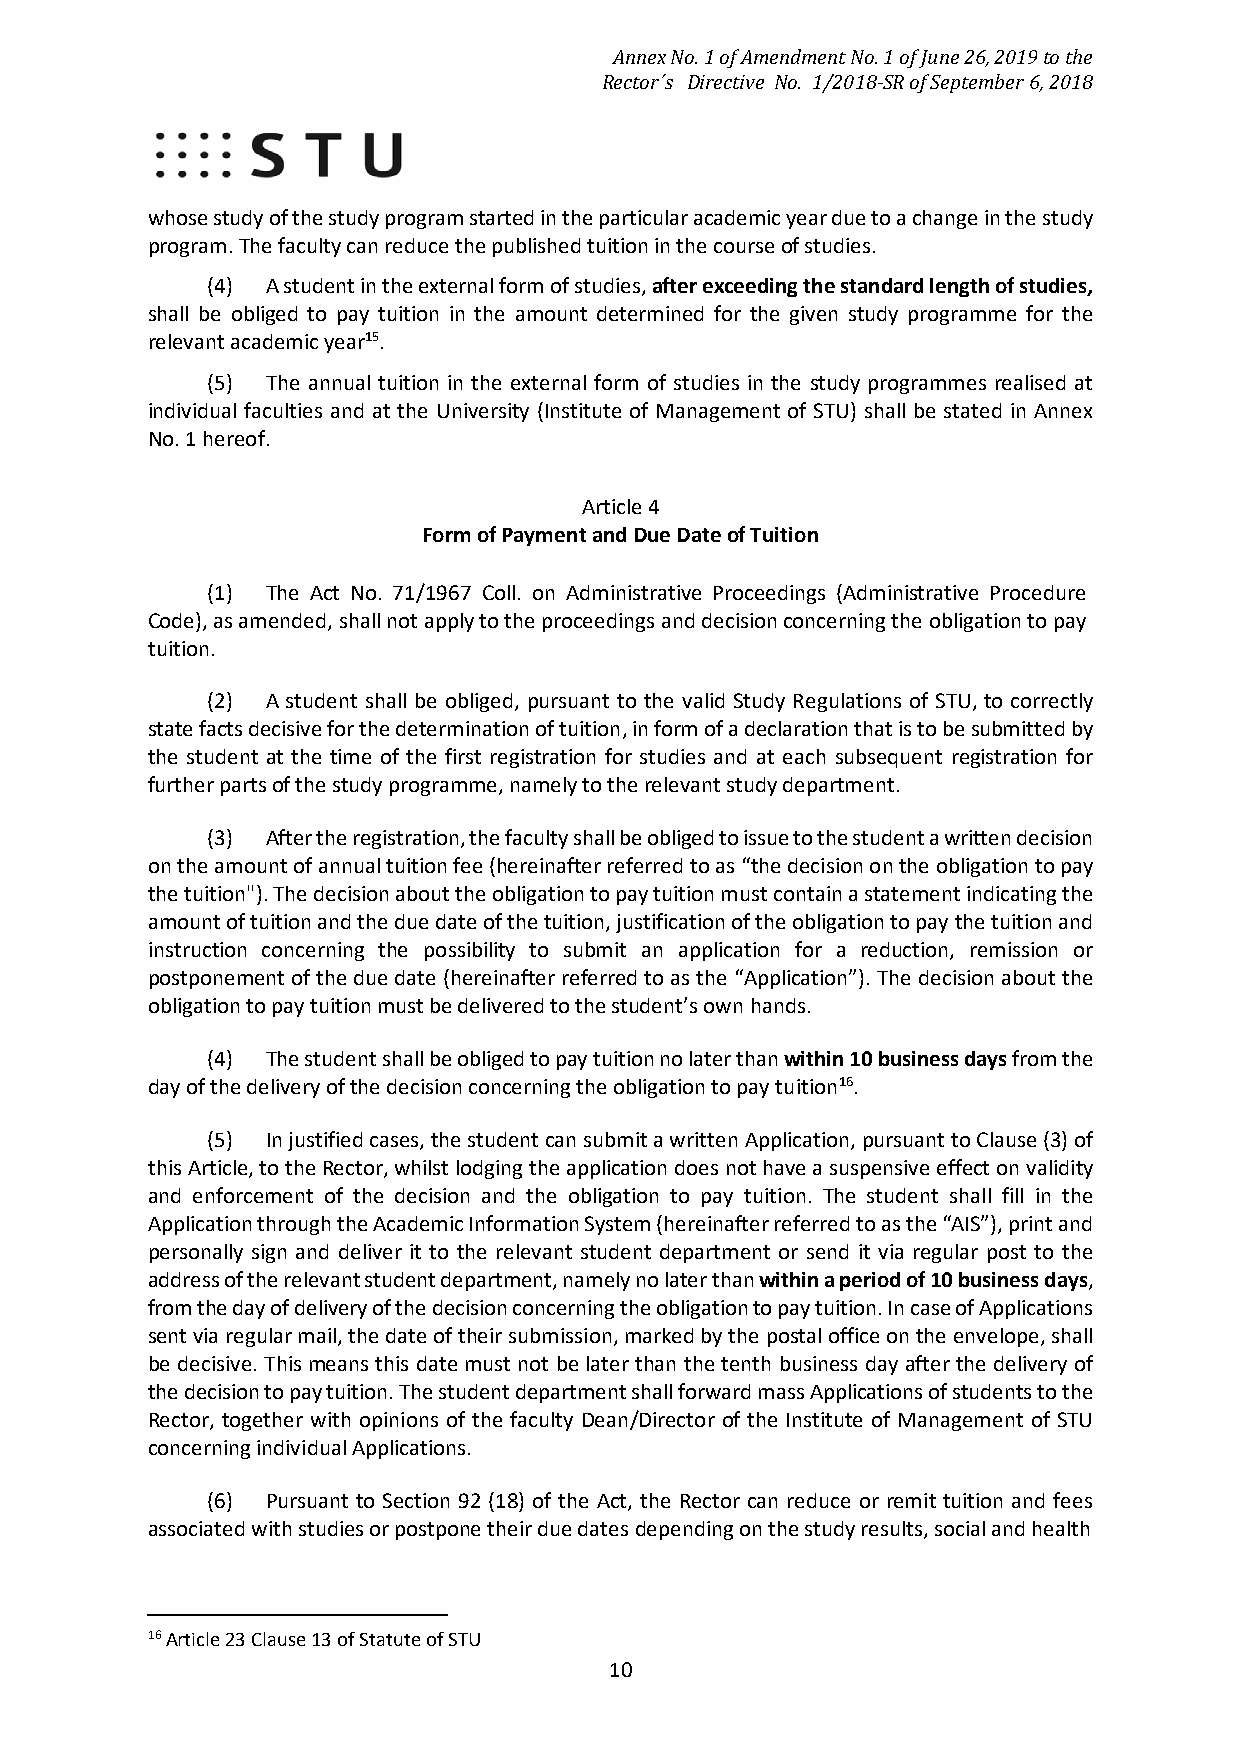
Annex No. 1 of Amendment No. 1 of June 26, 2019 to the
 Rector´s Directive No. 1/2018-SR of September 6, 2018
 whose study of the study program started in the particular academic year due to a change in the study
 program. The faculty can reduce the published tuition in the course of studies.
 (4) A student in the external form of studies, after exceeding the standard length of studies,
 shall be obliged to pay tuition in the amount determined for the given study programme for the
 relevant academic year15.
 (5) The annual tuition in the external form of studies in the study programmes realised at
 individual faculties and at the University (Institute of Management of STU) shall be stated in Annex
 No. 1 hereof.
 Article 4
 Form of Payment and Due Date of Tuition
 (1) The Act No. 71/1967 Coll. on Administrative Proceedings (Administrative Procedure
 Code), as amended, shall not apply to the proceedings and decision concerning the obligation to pay
 tuition.
 (2) A student shall be obliged, pursuant to the valid Study Regulations of STU, to correctly
 state facts decisive for the determination of tuition, in form of a declaration that is to be submitted by
 the student at the time of the first registration for studies and at each subsequent registration for
 further parts of the study programme, namely to the relevant study department.
 (3) After the registration, the faculty shall be obliged to issue to the student a written decision
 on the amount of annual tuition fee (hereinafter referred to as “the decision on the obligation to pay
 the tuition"). The decision about the obligation to pay tuition must contain a statement indicating the
 amount of tuition and the due date of the tuition, justification of the obligation to pay the tuition and
 instruction concerning the possibility to submit an application for a reduction, remission or
 postponement of the due date (hereinafter referred to as the “Application”). The decision about the
 obligation to pay tuition must be delivered to the student’s own hands.
 (4) The student shall be obliged to pay tuition no later than within 10 business days from the
 day of the delivery of the decision concerning the obligation to pay tuition16.
 (5) In justified cases, the student can submit a written Application, pursuant to Clause (3) of
 this Article, to the Rector, whilst lodging the application does not have a suspensive effect on validity
 and enforcement of the decision and the obligation to pay tuition. The student shall fill in the
 Application through the Academic Information System (hereinafter referred to as the “AIS”), print and
 personally sign and deliver it to the relevant student department or send it via regular post to the
 address of the relevant student department, namely no later than within a period of 10 business days,
 from the day of delivery of the decision concerning the obligation to pay tuition. In case of Applications
 sent via regular mail, the date of their submission, marked by the postal office on the envelope, shall
 be decisive. This means this date must not be later than the tenth business day after the delivery of
 the decision to pay tuition. The student department shall forward mass Applications of students to the
 Rector, together with opinions of the faculty Dean/Director of the Institute of Management of STU
 concerning individual Applications.
 (6) Pursuant to Section 92 (18) of the Act, the Rector can reduce or remit tuition and fees
 associated with studies or postpone their due dates depending on the study results, social and health
 16 Article 23 Clause 13 of Statute of STU
 10